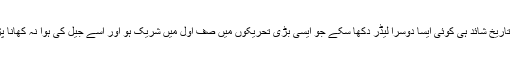
انسانی تاریخ شائد ہی کوئی ایسا دوسرا لیڈر دکھا سکے جو ایسی بڑی تحریکوں میں صفِ اول میں شریک ہو اور اُسے جیل کی ہوا نہ کھانا پڑی ہو۔